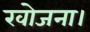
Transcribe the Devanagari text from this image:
खोजना।